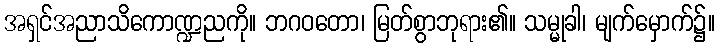
အရှင်အညာသိကောဏ္ဍညကို။ ဘဂဝတော၊ မြတ်စွာဘုရား၏။ သမ္မုခါ၊ မျက်မှောက်၌။